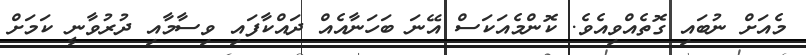
މެއަށް ނުބައި ގޮތެއްވިއެވެ. ކޮންމެއަކަސް އޭނަ ބަހަނާއެއް ދައްކާފައި ވިސާމާއި ދުރުވާނީ ކަމަށް